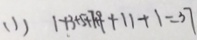
( 1 ) 1 + 3 + 5 + 7 + 9 + 1 1 + 1 = 3 7